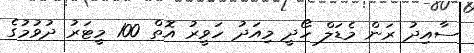
ސާއިދު ރަން މެޑަލް ހޯދީ މިއަދު ހަވީރު އޮތް 100 މީޓަރު ދުވުމުގެ